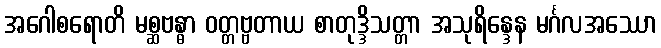
အဂေါစရောတိ မစ္ဆဗန္ဓာ ဝတ္တဗ္ဗတာယ စာတုဒ္ဒိသတ္တာ အသုရိန္ဒေန မင်္ဂလအဿော